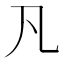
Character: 𠁽